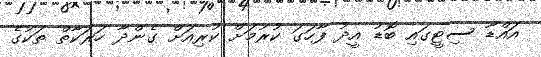
އައްޑޫ ސިޓީގައި ބޮޑު އީދު ފާހަގަ ކުރުމަށް ކުރިއަށް ގެންދާ ހަރަކާތް ތަކުގެ